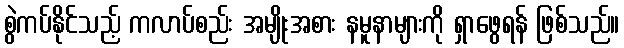
စွဲကပ်နိုင်သည့် ကလာပ်စည်း အမျိုးအစား နမူနာများကို ရှာဖွေရန် ဖြစ်သည်။